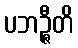
ပဘဉ္ဇီတိ